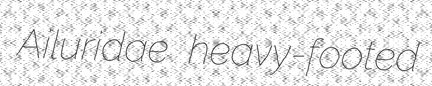
Ailuridae heavy-footed